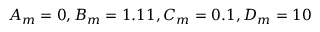
A _ { m } = 0 , B _ { m } = 1 . 1 1 , C _ { m } = 0 . 1 , D _ { m } = 1 0